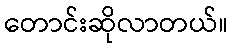
တောင်းဆိုလာတယ်။